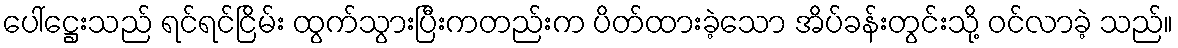
ပေါ်ဋ္ဌေးသည် ရင်ရင်ငြိမ်း ထွက်သွားပြီးကတည်းက ပိတ်ထားခဲ့သော အိပ်ခန်းတွင်းသို့ ဝင်လာခဲ့ သည်။